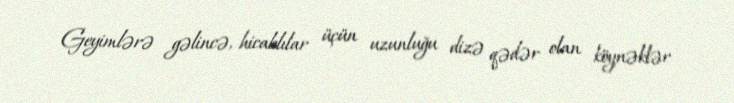
Geyimlərə gəlincə, hicablılar üçün uzunluğu dizə qədər olan köynəklər